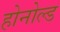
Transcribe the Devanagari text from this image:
होनोल्ड